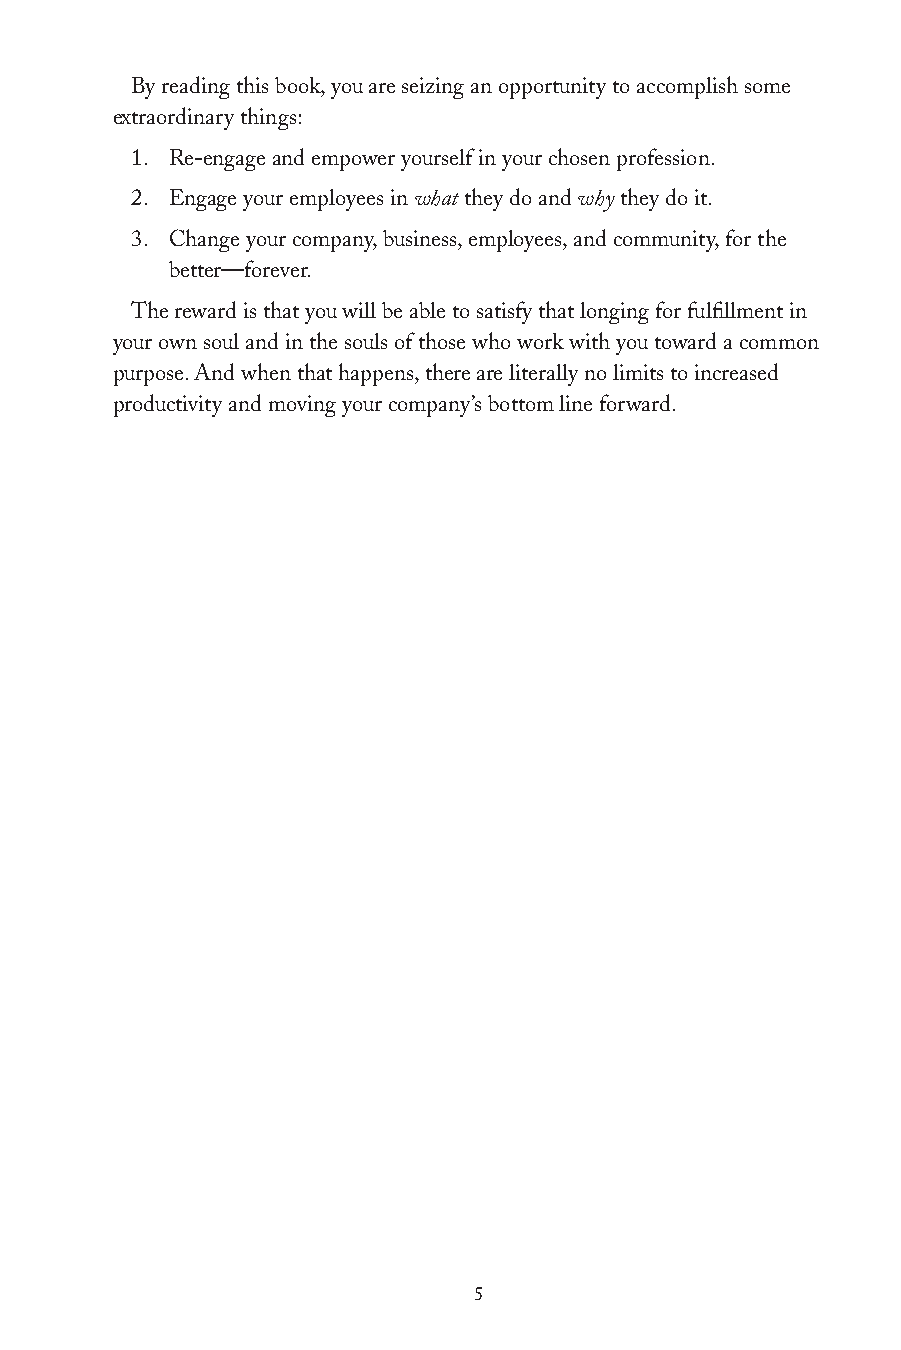
By reading this book, you are seizing an opportunity to accomplish some
 extraordinary things:
 1. Re-engage and empower yourself in your chosen profession.
 2. Engage your employees in what they do and why they do it.
 3. Change your company, business, employees, and community, for the
 better—forever.
 The reward is that you will be able to satisfy that longing for fulfillment in
 your own soul and in the souls of those who work with you toward a common
 purpose. And when that happens, there are literally no limits to increased
 productivity and moving your company’s bottom line forward.
 5